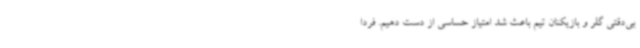
بی‌دقتی گلر و بازیکنان تیم باعث شد امتیاز حساسی از دست دهیم. فردا